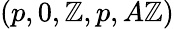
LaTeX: (p,0,\mathbb{Z},p,A\mathbb{Z})